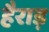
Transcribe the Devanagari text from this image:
हैराड़